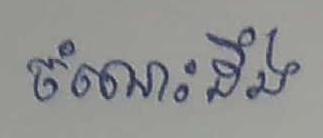
ចំណេះដឹង